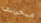
مدخراتي